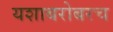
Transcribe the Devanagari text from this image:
यशाबरोबरच